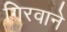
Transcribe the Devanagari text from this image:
गिरवाने